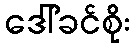
ဒေါ်ခင်စိုး